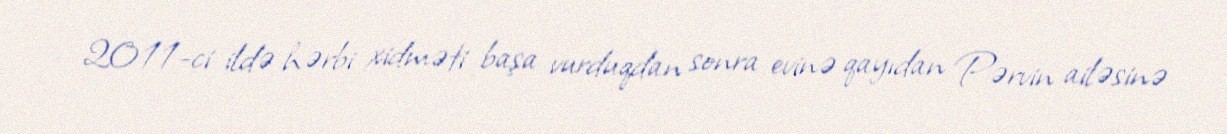
2011-ci ildə hərbi xidməti başa vurduqdan sonra evinə qayıdan Pərvin ailəsinə